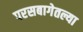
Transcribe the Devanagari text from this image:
परसबागेतल्या